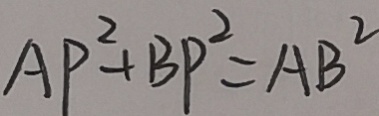
A P ^ { 2 } + B P ^ { 2 } = A B ^ { 2 }